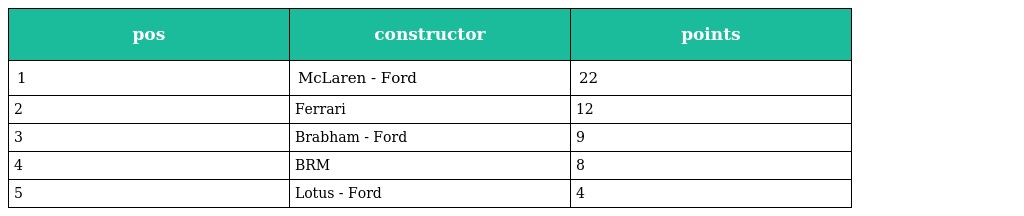
| pos | constructor | points |
 | --- | --- | --- |
 | 1 | McLaren - Ford | 22 |
 | 2 | Ferrari | 12 |
 | 3 | Brabham - Ford | 9 |
 | 4 | BRM | 8 |
 | 5 | Lotus - Ford | 4 |